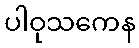
ပါဝုသကေန